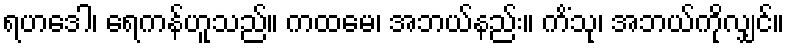
ရဟဒေါ၊ ရေကန်ဟူသည်။ ကထမေ၊ အဘယ်နည်း။ ကိံသု၊ အဘယ်ကိုလျှင်။